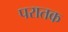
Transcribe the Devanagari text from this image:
परातक